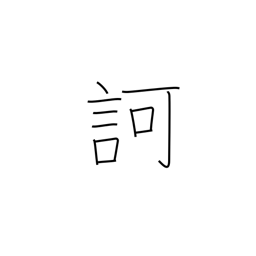
Meaning: scold